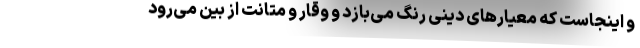
و اینجاست که معیارهای دینی رنگ می‌بازد و وقار و متانت از بین می‌رود